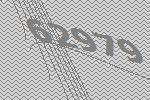
62979